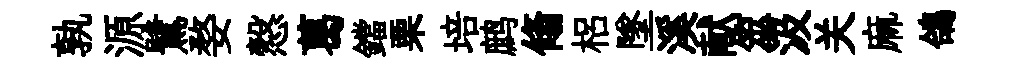
孰源鷺婺慤葛鐺栗培鹧翛梠墜溪献筮汲关麻鴿